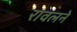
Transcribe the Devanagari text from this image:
रावलने